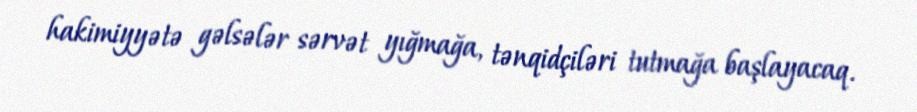
hakimiyyətə gəlsələr sərvət yığmağa, tənqidçiləri tutmağa başlayacaq.